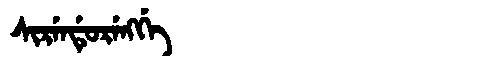
Manchu: ᠰᡳᡵᡝᠨᡩᡠᡵᡝᠩᡤᡝ
Romanization: SIRENDURENGGE